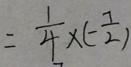
= \frac { 1 } { 4 } \times ( - \frac { 7 } { 2 } )